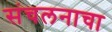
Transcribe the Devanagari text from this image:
संचलनाचा